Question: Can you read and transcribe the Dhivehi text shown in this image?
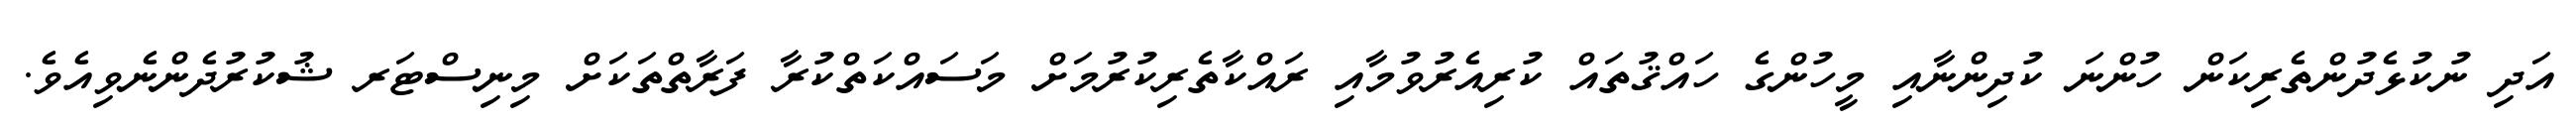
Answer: އަދި ނުކުޅެދުންތެރިކަން ހުންނަ ކުދިންނާއި މީހުންގެ ހައްޤުތައް ކުރިއެރުވުމާއި ރައްކާތެރިކުރުމަށް މަސައްކަތްކުރާ ފަރާތްތަކަށް މިނިސްޓަރ ޝުކުރުދެންނެވިއެވެ.